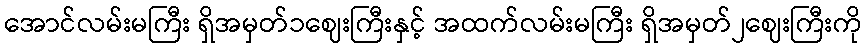
အောင်လမ်းမကြီး ရှိအမှတ်၁ဈေးကြီးနှင့် အထက်လမ်းမကြီး ရှိအမှတ်၂ဈေးကြီးကို